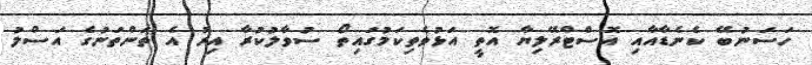
ހަސަނުބޭ ކެނެޑާއާއި އޮސްޓްރޭލިޔާ އޮތީ އަޅުވެތިކަމުގައިތޯ ސުވާލުކުރާ އިރު އެ ތަންތަނުގެ އަސްލު